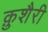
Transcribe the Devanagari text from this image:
क़ुशैरी